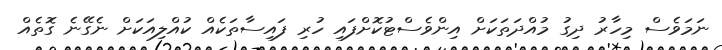
ނަމަވެސް މިހާރު ދިގު މުއްދަތަކަށް އިންވެސްޓުކޮށްފައި ހުރި ފައިސާތަކެއް ކުއްލިއަކަށް ނެގޭނެ ގޮތެއް